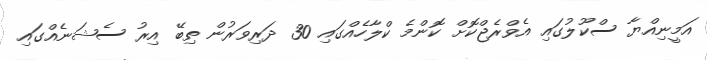
އަމީނިއްޔާ ސްކޫލުގައި އެވްރެޖްކޮށް ކޮންމެ ކްލާހެއްގައި 30 ދަރިވަރުން ތިބޭ އިރު ސެޝަނެއްގައި